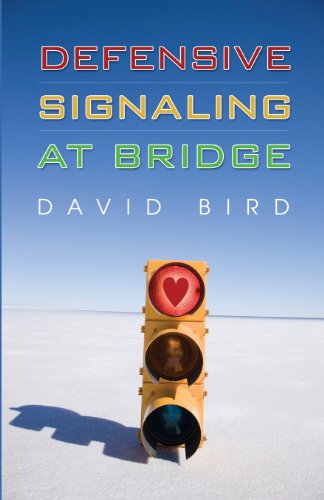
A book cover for Defensive Signaling at Bridge; David Bird; Humor & Entertainment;